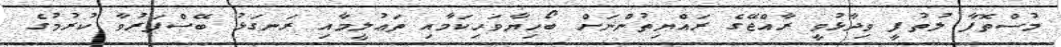
މުސްތޮފާ ލުތުފީ ވިދާޅުވީ ރާއްޖޭގެ ރައްޔިތުންނަށް ބޯހިޔާވަހިކަމާއި ތަޢުލީމާއި ރަނގަޅު ބޭސްފަރުވާ ކުރުމުގެ